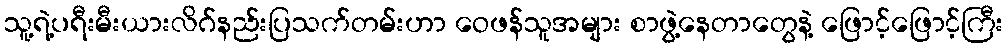
သူ့ရဲ့ပရီးမီးယားလိဂ်နည်းပြသက်တမ်းဟာ ဝေဖန်သူအများ စာဖွဲ့နေတာတွေနဲ့ ဖြောင့်ဖြောင့်ကြီး